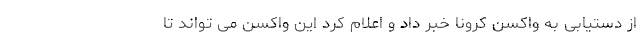
از دستیابی به واکسن کرونا خبر داد و اعلام کرد این واکسن می تواند تا